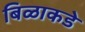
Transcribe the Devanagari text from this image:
बिळाकडे